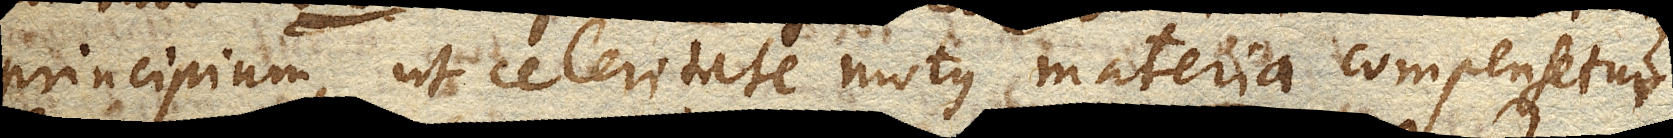
principium, ut celeritate motus materia compensetur.